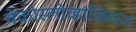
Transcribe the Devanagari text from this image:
चेकोस्लोव्हाकियन